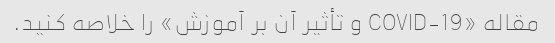
مقاله «COVID-19 و تأثیر آن بر آموزش» را خلاصه کنید.